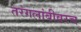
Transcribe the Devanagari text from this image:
तरंगलांबीवरच